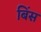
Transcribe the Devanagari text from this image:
बिंस